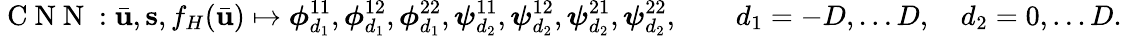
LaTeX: \mathrm{~C~N~N~}:\bar{\mathbf{u}},\mathbf{s},f_{H}(\bar{\mathbf{u}})\mapsto\boldsymbol{\phi}_{d_{1}}^{11},\boldsymbol{\phi}_{d_{1}}^{12},\boldsymbol{\phi}_{d_{1}}^{22},\boldsymbol{\psi}_{d_{2}}^{11},\boldsymbol{\psi}_{d_{2}}^{12},\boldsymbol{\psi}_{d_{2}}^{21},\boldsymbol{\psi}_{d_{2}}^{22},\qquad d_{1}=-D,\ldots D,\quad d_{2}=0,\ldots D.